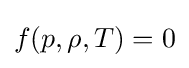
f(p,\rho ,T)=0